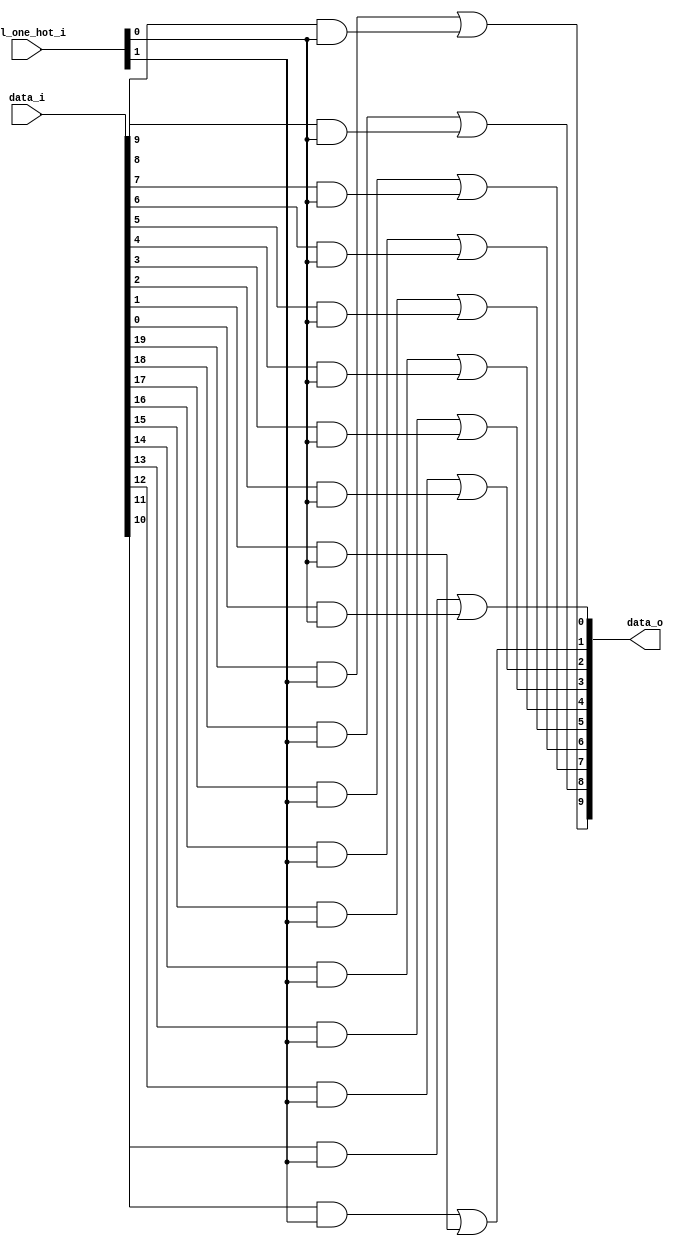
module bsg_mux_one_hot_width_p10_els_p2
(
  data_i,
  sel_one_hot_i,
  data_o
);

  input [19:0] data_i;
  input [1:0] sel_one_hot_i;
  output [9:0] data_o;
  wire [9:0] data_o;
  wire [19:0] data_masked;
  assign data_masked[9] = data_i[9] & sel_one_hot_i[0];
  assign data_masked[8] = data_i[8] & sel_one_hot_i[0];
  assign data_masked[7] = data_i[7] & sel_one_hot_i[0];
  assign data_masked[6] = data_i[6] & sel_one_hot_i[0];
  assign data_masked[5] = data_i[5] & sel_one_hot_i[0];
  assign data_masked[4] = data_i[4] & sel_one_hot_i[0];
  assign data_masked[3] = data_i[3] & sel_one_hot_i[0];
  assign data_masked[2] = data_i[2] & sel_one_hot_i[0];
  assign data_masked[1] = data_i[1] & sel_one_hot_i[0];
  assign data_masked[0] = data_i[0] & sel_one_hot_i[0];
  assign data_masked[19] = data_i[19] & sel_one_hot_i[1];
  assign data_masked[18] = data_i[18] & sel_one_hot_i[1];
  assign data_masked[17] = data_i[17] & sel_one_hot_i[1];
  assign data_masked[16] = data_i[16] & sel_one_hot_i[1];
  assign data_masked[15] = data_i[15] & sel_one_hot_i[1];
  assign data_masked[14] = data_i[14] & sel_one_hot_i[1];
  assign data_masked[13] = data_i[13] & sel_one_hot_i[1];
  assign data_masked[12] = data_i[12] & sel_one_hot_i[1];
  assign data_masked[11] = data_i[11] & sel_one_hot_i[1];
  assign data_masked[10] = data_i[10] & sel_one_hot_i[1];
  assign data_o[0] = data_masked[10] | data_masked[0];
  assign data_o[1] = data_masked[11] | data_masked[1];
  assign data_o[2] = data_masked[12] | data_masked[2];
  assign data_o[3] = data_masked[13] | data_masked[3];
  assign data_o[4] = data_masked[14] | data_masked[4];
  assign data_o[5] = data_masked[15] | data_masked[5];
  assign data_o[6] = data_masked[16] | data_masked[6];
  assign data_o[7] = data_masked[17] | data_masked[7];
  assign data_o[8] = data_masked[18] | data_masked[8];
  assign data_o[9] = data_masked[19] | data_masked[9];

endmodule